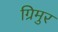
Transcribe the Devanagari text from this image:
ग्रिमुर